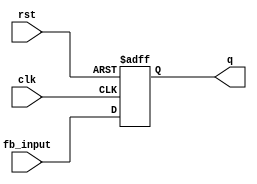
module FeedbackRegister #(
    parameter WIDTH = 4 // Define the width of the register, default is 4 bits
)(
    input wire clk,              // Clock signal
    input wire rst,              // Asynchronous reset signal
    input wire [WIDTH-1:0] fb_input, // Feedback input signal
    output reg [WIDTH-1:0] q    // Output register
);

// Sequential logic for feedback register
always @(posedge clk or posedge rst) begin
    if (rst) begin
        // Reset the register to 0 when reset is asserted
        q <= {WIDTH{1'b0}}; // Initialize to zero
    end else begin
        // Update the register with the feedback input
        q <= fb_input; // Store the feedback input
    end
end

endmodule